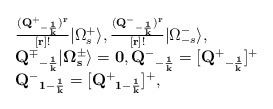
\begin{align*}\begin{array}{lcr} {(\bf{Q^{+}}_{-{1\over k}})^{r}\over [r]!}\vert \Omega^{+}_{s}\rangle,{\bf{(Q^{-}}_{-{1\over k}})^{r}\over [r]!}\vert\Omega^{-}_{-s}\rangle ,\\ \bf{Q^{\mp}}_{-{1\over k}}\vert\Omega^{\pm}_{s}\rangle =0, \bf{Q^{-}}_{-{1\over k}}=[\bf{Q^{+}}_{-{1\over k}}]^+\\ \bf{Q^{-}}_{1-{1\over k}}=[\bf{Q^{+}}_{1-{1\over k}}]^+,\end{array}\end{align*}